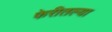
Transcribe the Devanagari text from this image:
फेरीतल्या